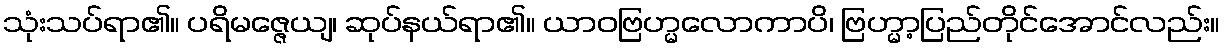
သုံးသပ်ရာ၏။ ပရိမဇ္ဇေယျ၊ ဆုပ်နယ်ရာ၏။ ယာဝဗြဟ္မလောကာပိ၊ ဗြဟ္မာ့ပြည်တိုင်အောင်လည်း။